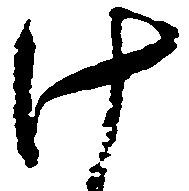
け